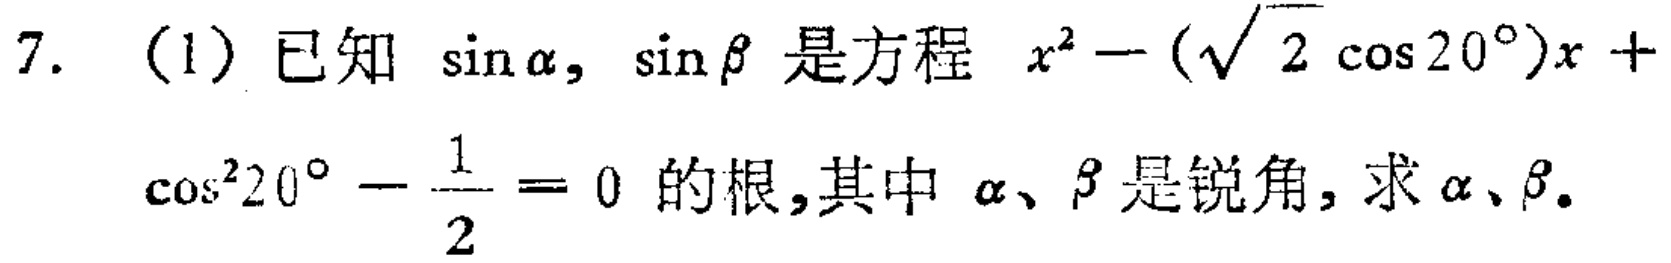
7. (1) 已知 $\sin\alpha,\sin\beta$ 是方程 $x^{2}-(\sqrt{2}\cos20^{\circ})x +\cos^{2}20^{\circ}-\frac{1}{2}=0$ 的根,其中 $\alpha、\beta$ 是锐角, 求 $\alpha、\beta$。